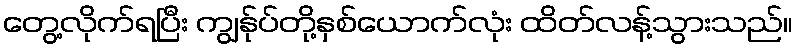
တွေ့လိုက်ရပြီး ကျွန်ုပ်တို့နှစ်ယောက်လုံး ထိတ်လန့်သွားသည်။